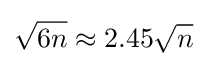
{\sqrt {6n}}\approx 2.45{\sqrt {n}}